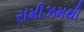
રામીઝમથી